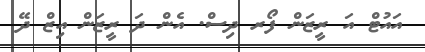
އައުޓް އަ ރީޒަން ފޯރ ދިސް. އެން ދަ ރީޒަން އިޒް ދޭ